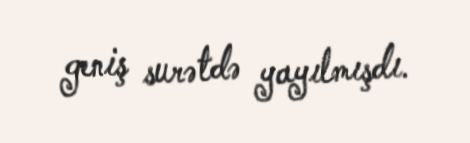
geniş surətdə yayılmışdı.